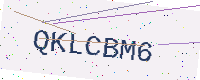
Text: QKLCBM6